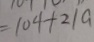
= 1 0 4 + 2 1 a